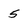
Character: 5